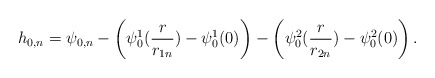
\begin{align*}h_{0,n}=\psi_{0,n}-\left(\psi^1_0(\frac{r}{r_{1n}})-\psi^1_0(0)\right)-\left(\psi^2_0(\frac{r}{r_{2n}})-\psi^2_0(0)\right).\end{align*}